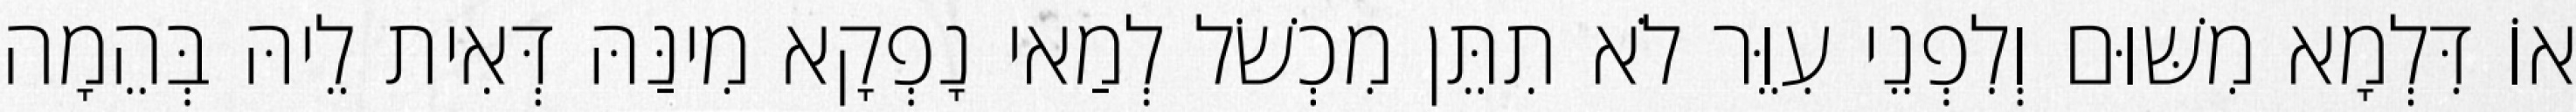
אוֹ דִּלְמָא מִשּׁוּם וְלִפְנֵי עִוֵּר לֹא תִתֵּן מִכְשֹׁל לְמַאי נָפְקָא מִינַּהּ דְּאִית לֵיהּ בְּהֵמָה